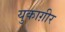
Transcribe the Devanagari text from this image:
युकाग़ीर